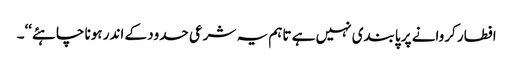
افطار کروانے پر پابندی نہیں ہے تاہم یہ شرعی حدود کے اندر ہونا چاہئے‘‘۔